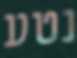
נטע